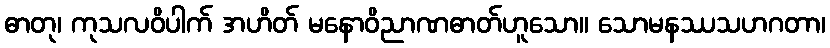
ဓာတု၊ ကုသလဝိပါက် အဟိတ် မနောဝိညာဏဓာတ်ဟူသော။ သောမနဿသဟဂတာ၊